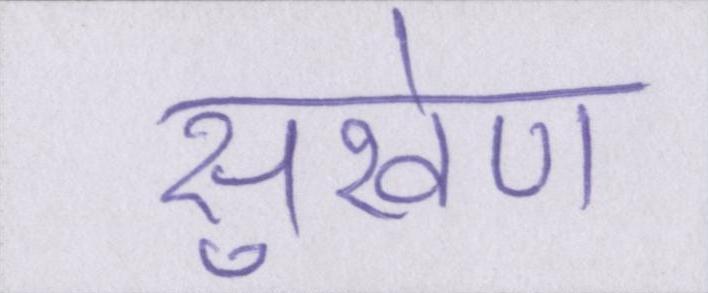
सुखेण